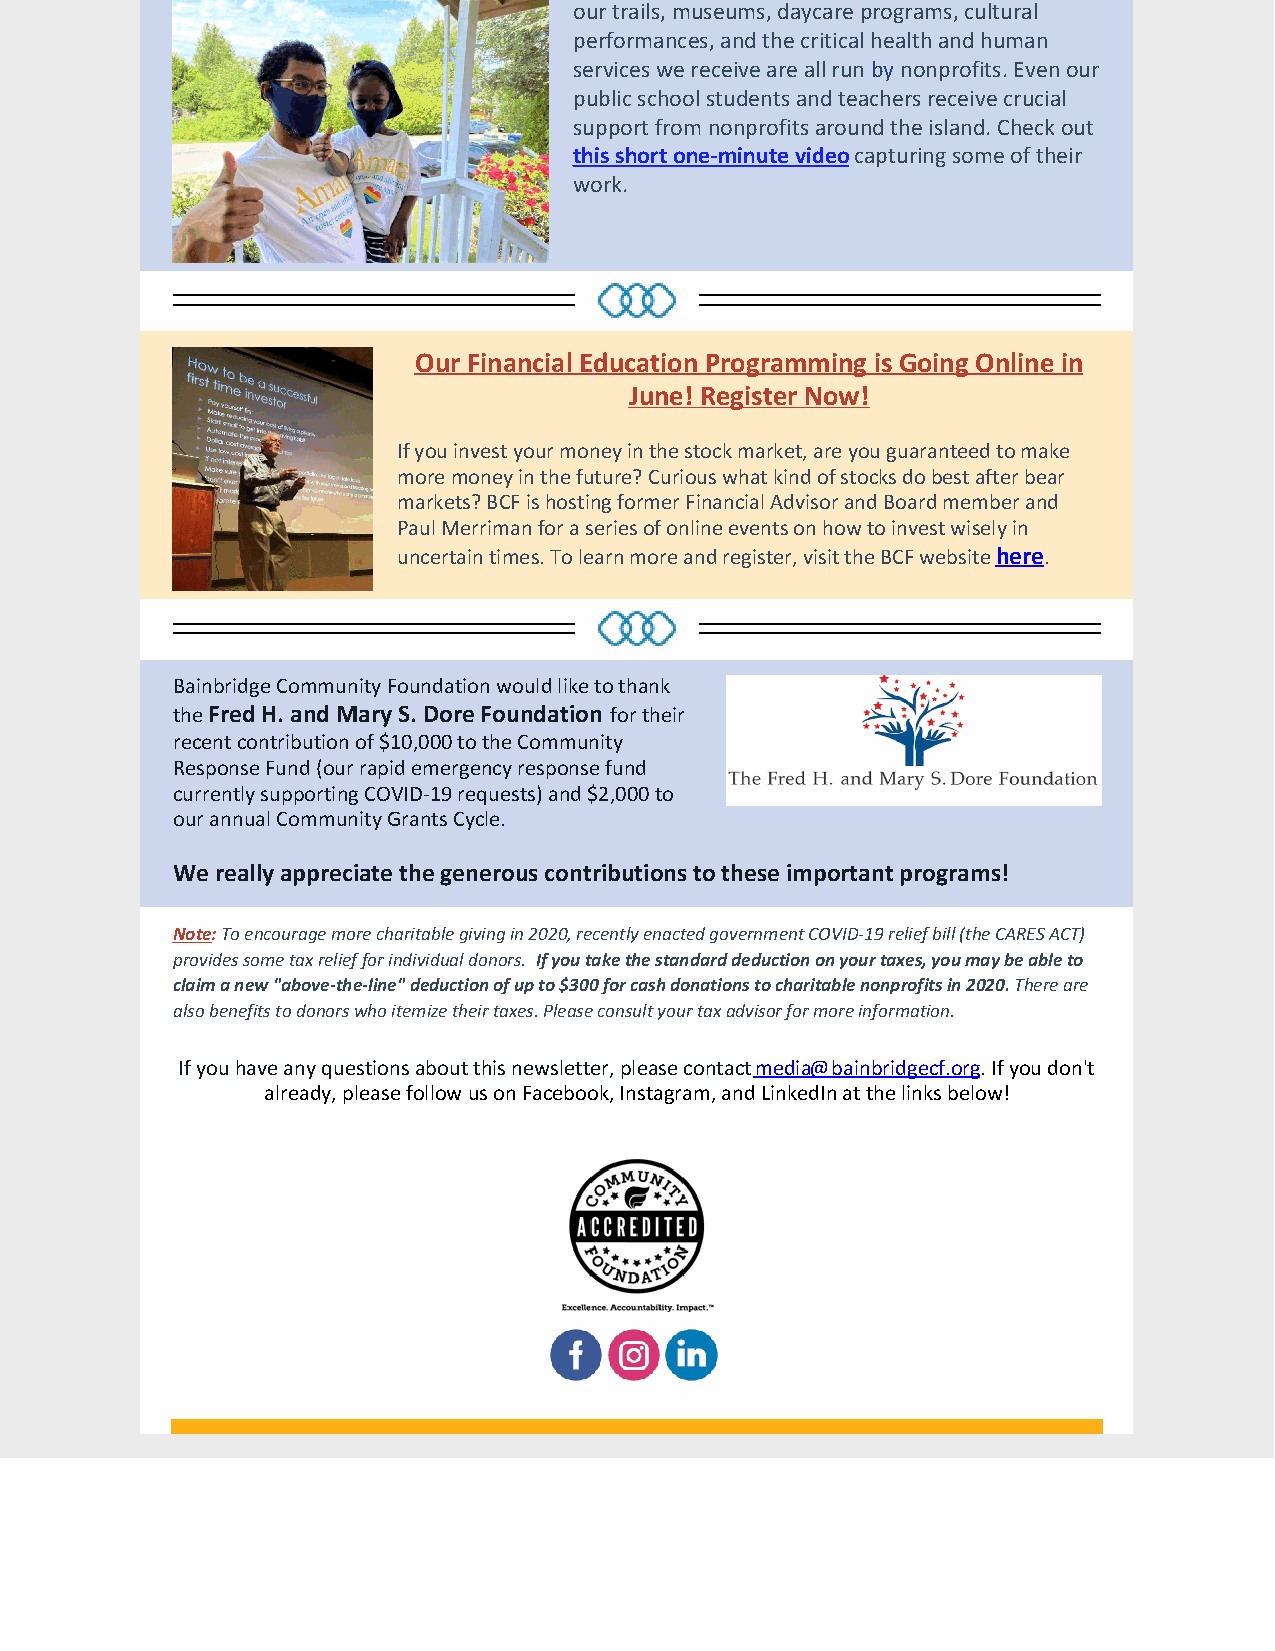
our trails, museums, daycare programs, cultural
 performances, and the critical health and human
 services we receive are all run by nonprofits. Even our
 public school students and teachers receive crucial
 support from nonprofits around the island. Check out
 this short one-minute video capturing some of their
 work.
 Our Financial Education Programming is Going Online in
 June! Register Now!
 If you invest your money in the stock market, are you guaranteed to make
 more money in the future? Curious what kind of stocks do best after bear
 markets? BCF is hosting former Financial Advisor and Board member and
 Paul Merriman for a series of online events on how to invest wisely in
 uncertain times. To learn more and register, visit the BCF website here.
 Bainbridge Community Foundation would like to thank
 the Fred H. and Mary S. Dore Foundation for their
 recent contribution of $10,000 to the Community
 Response Fund (our rapid emergency response fund
 currently supporting COVID-19 requests) and $2,000 to
 our annual Community Grants Cycle.
 We really appreciate the generous contributions to these important programs!
 Note: To encourage more charitable giving in 2020, recently enacted government COVID-19 relief bill (the CARES ACT)
 provides some tax relief for individual donors. If you take the standard deduction on your taxes, you may be able to
 claim a new "above-the-line" deduction of up to $300 for cash donations to charitable nonprofits in 2020. There are
 also benefits to donors who itemize their taxes. Please consult your tax advisor for more information.
 If you have any questions about this newsletter, please contact media@bainbridgecf.org. If you don't
 already, please follow us on Facebook, Instagram, and LinkedIn at the links below!
 ​   ​   ​